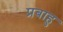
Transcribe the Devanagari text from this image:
प्रबाहु